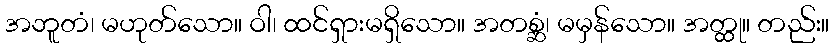
အဘူတံ၊ မဟုတ်သော။ ဝါ၊ ထင်ရှားမရှိသော။ အတစ္ဆံ၊ မမှန်သော။ အတ္ထု။ တည်း။